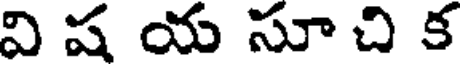
వి ష య సూ చి క